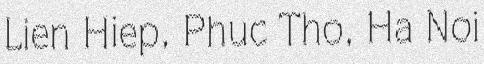
Lien Hiep, Phuc Tho, Ha Noi